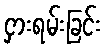
ငှားရမ်းခြင်း